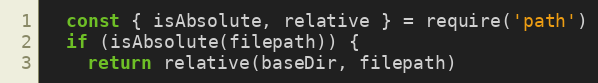
Language: JavaScript
  const { isAbsolute, relative } = require('path')
  if (isAbsolute(filepath)) {
    return relative(baseDir, filepath)